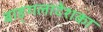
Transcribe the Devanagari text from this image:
बाङ्गलादेशका